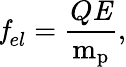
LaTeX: \textbf{\textit{f}}_{el}=\frac{Q\textbf{\textit{E}}}{\mathrm{m}_{\mathrm{p}}},